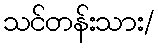
သင်တန်းသား/